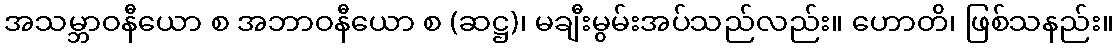
အသမ္ဘာဝနီယော စ အဘာဝနီယော စ (ဆဋ္ဌ)၊ မချီးမွမ်းအပ်သည်လည်း။ ဟောတိ၊ ဖြစ်သနည်း။